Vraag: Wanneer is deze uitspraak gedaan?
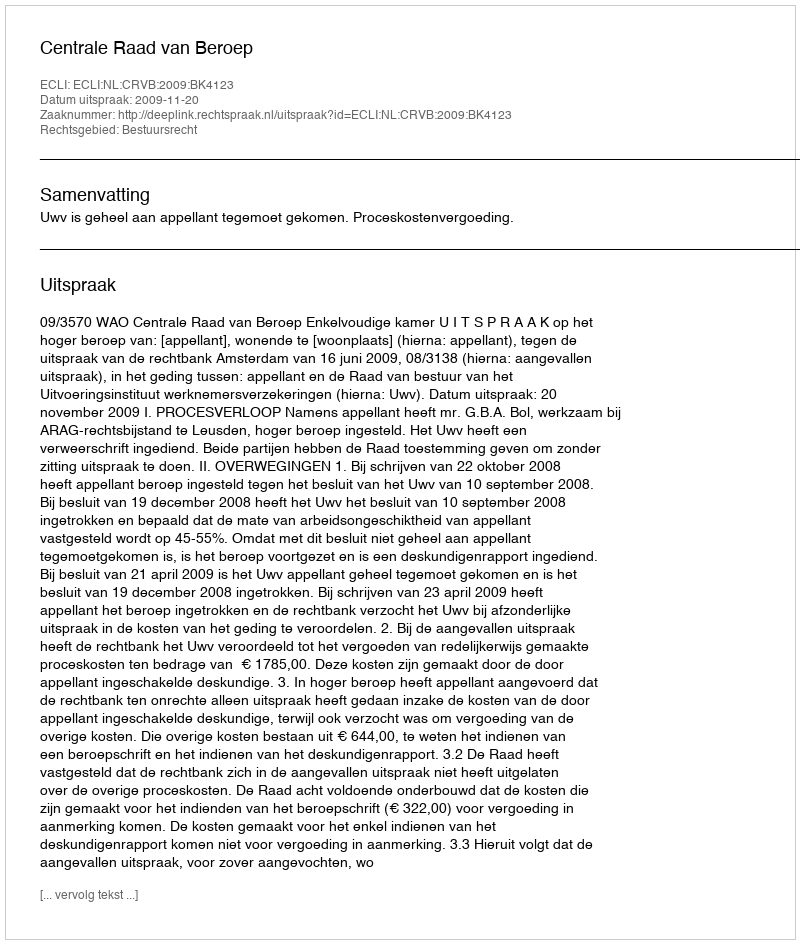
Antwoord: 2009-11-20